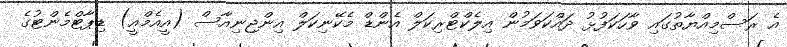
އެ ރަސްމިއްޔާތުގައި ވާހަކަފުޅު ދައްކަވަމުން އިލެކްޓްރިކަލް އެންޑް މެކޭނިކަލް އިންޖިނިއާސް (އީއެމްއީ) ޑިޕާޓްމެންޓުގެ